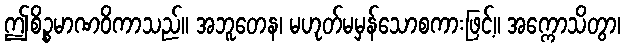
ဤစိဉ္စမာဏဝိကာသည်။ အဘူတေန၊ မဟုတ်မမှန်သောစကားဖြင့်။ အက္ကောသိတွာ၊